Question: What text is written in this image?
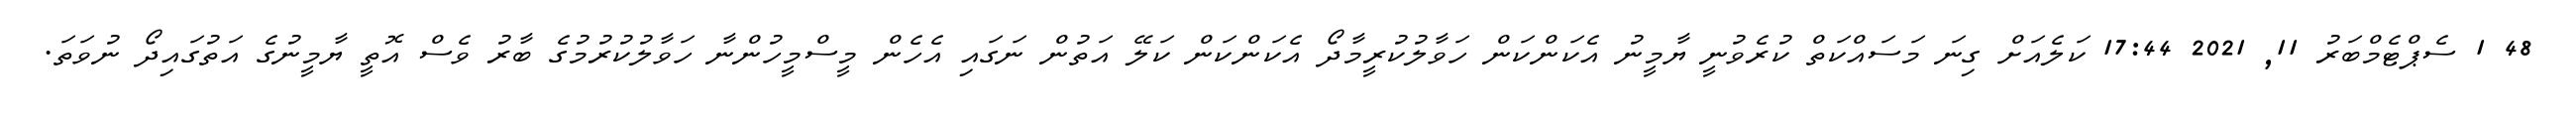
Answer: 48 1 ސެޕްޓެމްބަރު 11, 2021 17:44 ކަލެއަށް ގިނަ މަސައްކަތް ކުރެވުނީ ޔާމީނު އެކަންކަން ހަވާލުކުރީމާދޯ އެކަންކަން ކަލޭ އަތުން ނަގައި އެހެން މީސްމީހުންނާ ހަވާލުކުރުމުގެ ބާރު ވެސް އޮތީ ޔާމީނުގެ އަތުގައިދޯ ނުވަތަ.